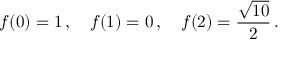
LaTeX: f ( 0 ) = 1 \, , \ \ \ f ( 1 ) = 0 \, , \ \ \ f ( 2 ) = \frac { \sqrt { 1 0 } } { 2 } \, .